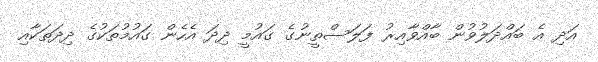
އަދި އެ ބައްދަލުވުން ބާއްވާއިރު ފަލަސްތީނުގެ ގައުމީ ދިދަ އެހެން ގައުމުތަކުގެ ދިދަތަކާއި